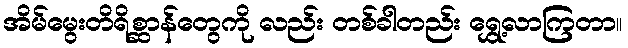
အိမ်မွေးတိရိစ္ဆာန်တွေကို လည်း တစ်ခါတည်း ရွှေ့လာကြတာ။